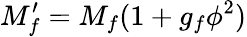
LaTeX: M_{f}^{\prime}=M_{f}(1+g_{f}\phi^{2})